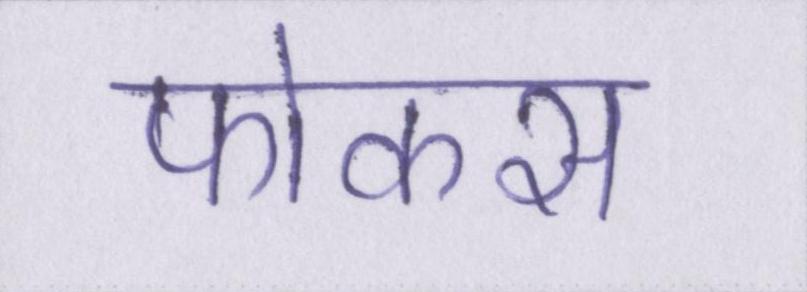
फोकस